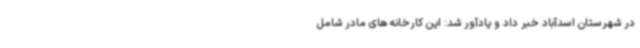
در شهرستان اسدآباد خبر داد و یادآور شد: این کارخانه های مادر شامل